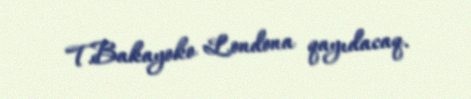
T.Bakayoko Londona qayıdacaq.